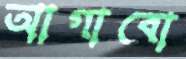
আগাবো